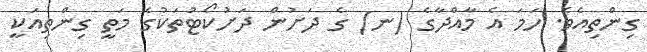
ގިންތިއެވެ. ހަމަ އެ މާއްދާގެ (ނ) ގެ ދަށުން ދަށުކޯޓުތަކުގެ މަތީ ގިންތިއަކީ